Lunatic asylums in Bengal annual reports 1899-1911 - 1899-1911
Year: 1899
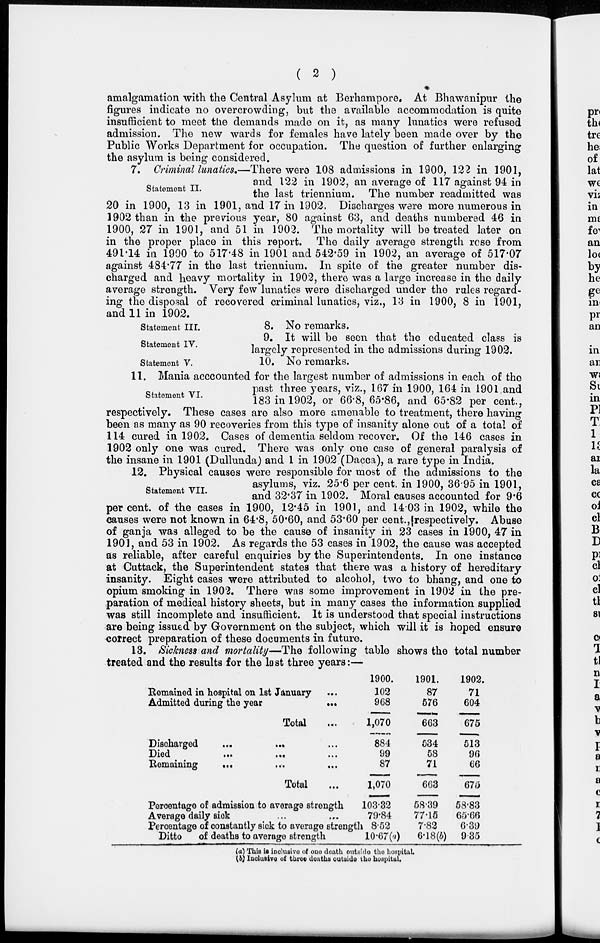
( 2 )
amalgamation with the Central Asylum at Berhampore. At Bhawanipur the
figures indicate no overcrowding, but the available accommodation is quite
insufficient to meet the demands made on it, as many lunatics were refused
admission. The new wards for females have lately been made over by the
Public Works Department for occupation. The question of further enlarging
the asylum is being considered.
Statement II.
7. Criminal lunatics.—There were 108 admissions in 1900, 122 in 1901,
and 122 in 1902, an average of 117 against 94 in
the last triennium. The number readmitted was
20 in 1900, 13 in 1901, and 17 in 1902. Discharges were more numerous in
1902 than in the previous year, 80 against 63, and deaths numbered 46 in
1900, 27 in 1901, and 51 in 1902. The mortality will be treated later on
in the proper place in this report. The daily average strength rose from
491.14 in 1990 to 517.48 in 1901 and 542.59 in 1902, an average of 517.07
against 484.77 in the last triennium. In spite of the greater number dis-
charged and heavy mortality in 1902, there was a large increase in the daily
average strength. Very few lunatics were discharged under the rules regard-
ing the disposal of recovered criminal lunatics, viz., 13 in 1900, 8 in 1901,
and 11 in 1902.
Statement III.
8. No remarks.
Statement IV.
9. It will be seen that the educated class is
largely represented in the admissions during 1902.
Statement V.
10. No remarks.
Statement VI.
11. Mania acccounted for the largest number of admissions in each of the
past three years, viz., 167 in 1900, 164 in 1901 and
183 in 1902, or 66.8, 65.86, and 65.82 per cent.,
respectively. These cases are also more amenable to treatment, there having
been as many as 90 recoveries from this type of insanity alone out of a total of
114 cured in 1902. Cases of dementia seldom recover. Of the 146 cases in
1902 only one was cured. There was only one case of general paralysis of
the insane in 1901 (Dullunda) and 1 in 1902 (Dacca), a rare type in India.
Statement VII.
12. Physical causes were responsible for most of the admissions to the
asylums, viz. 25.6 per cent. in 1900, 36.95 in 1901,
and 32.37 in 1902. Moral causes accounted for 9.6
per cent. of the cases in 1900, 12.45 in 1901, and 14.03 in 1902, while the
causes were not known in 64.8, 50.60, and 53.60 per cent., respectively. Abuse
of ganja was alleged to be the cause of insanity in 23 cases in 1900, 47 in
1901, and 53 in 1902. As regards the 53 cases in 1902, the cause was accepted
as reliable, after careful enquiries by the Superintendents. In one instance
at Cuttack, the Superintendent states that there was a history of hereditary
insanity. Eight cases were attributed to alcohol, two to bhang, and one to
opium smoking in 1902. There was some improvement in 1902 in the pre-
paration of medical history sheets, but in many cases the information supplied
was still incomplete and insufficient. It is understood that special instructions
are being issued by Government on the subject, which will it is hoped ensure
correct preparation of these documents in future.
13. Sickness and mortality—The following table shows the total number
treated and the results for the last three years:—
Remained in hospital on 1st January ...
Admitted during the year
...
Total ...
Discharged
...
... ...
Died
...
...
....
Remaining
...
... ....
Total ...
Percentage of admission to average strength
Average daily sick ... ...
Percentage of constantly sick to average strength
Ditto
of deaths to average strength
1900.
102
968
1,070
884
99
87
1,070
103.32
79.84
8.52
10.67(a)
1901.
87
576
663
634
58
71
663
58.39
77.15
7.82
6.18(b)
1902.
71
604
675
513
96
66
675
58.83
65.66
6.39
9.35
(a) This is inclusive of one death outside the hospital.
(b) Inclusive of three deaths outside the hospital.